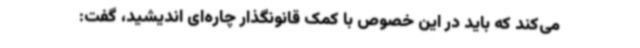
می‌کند که باید در این خصوص با کمک قانونگذار چاره‌ای اندیشید، گفت: